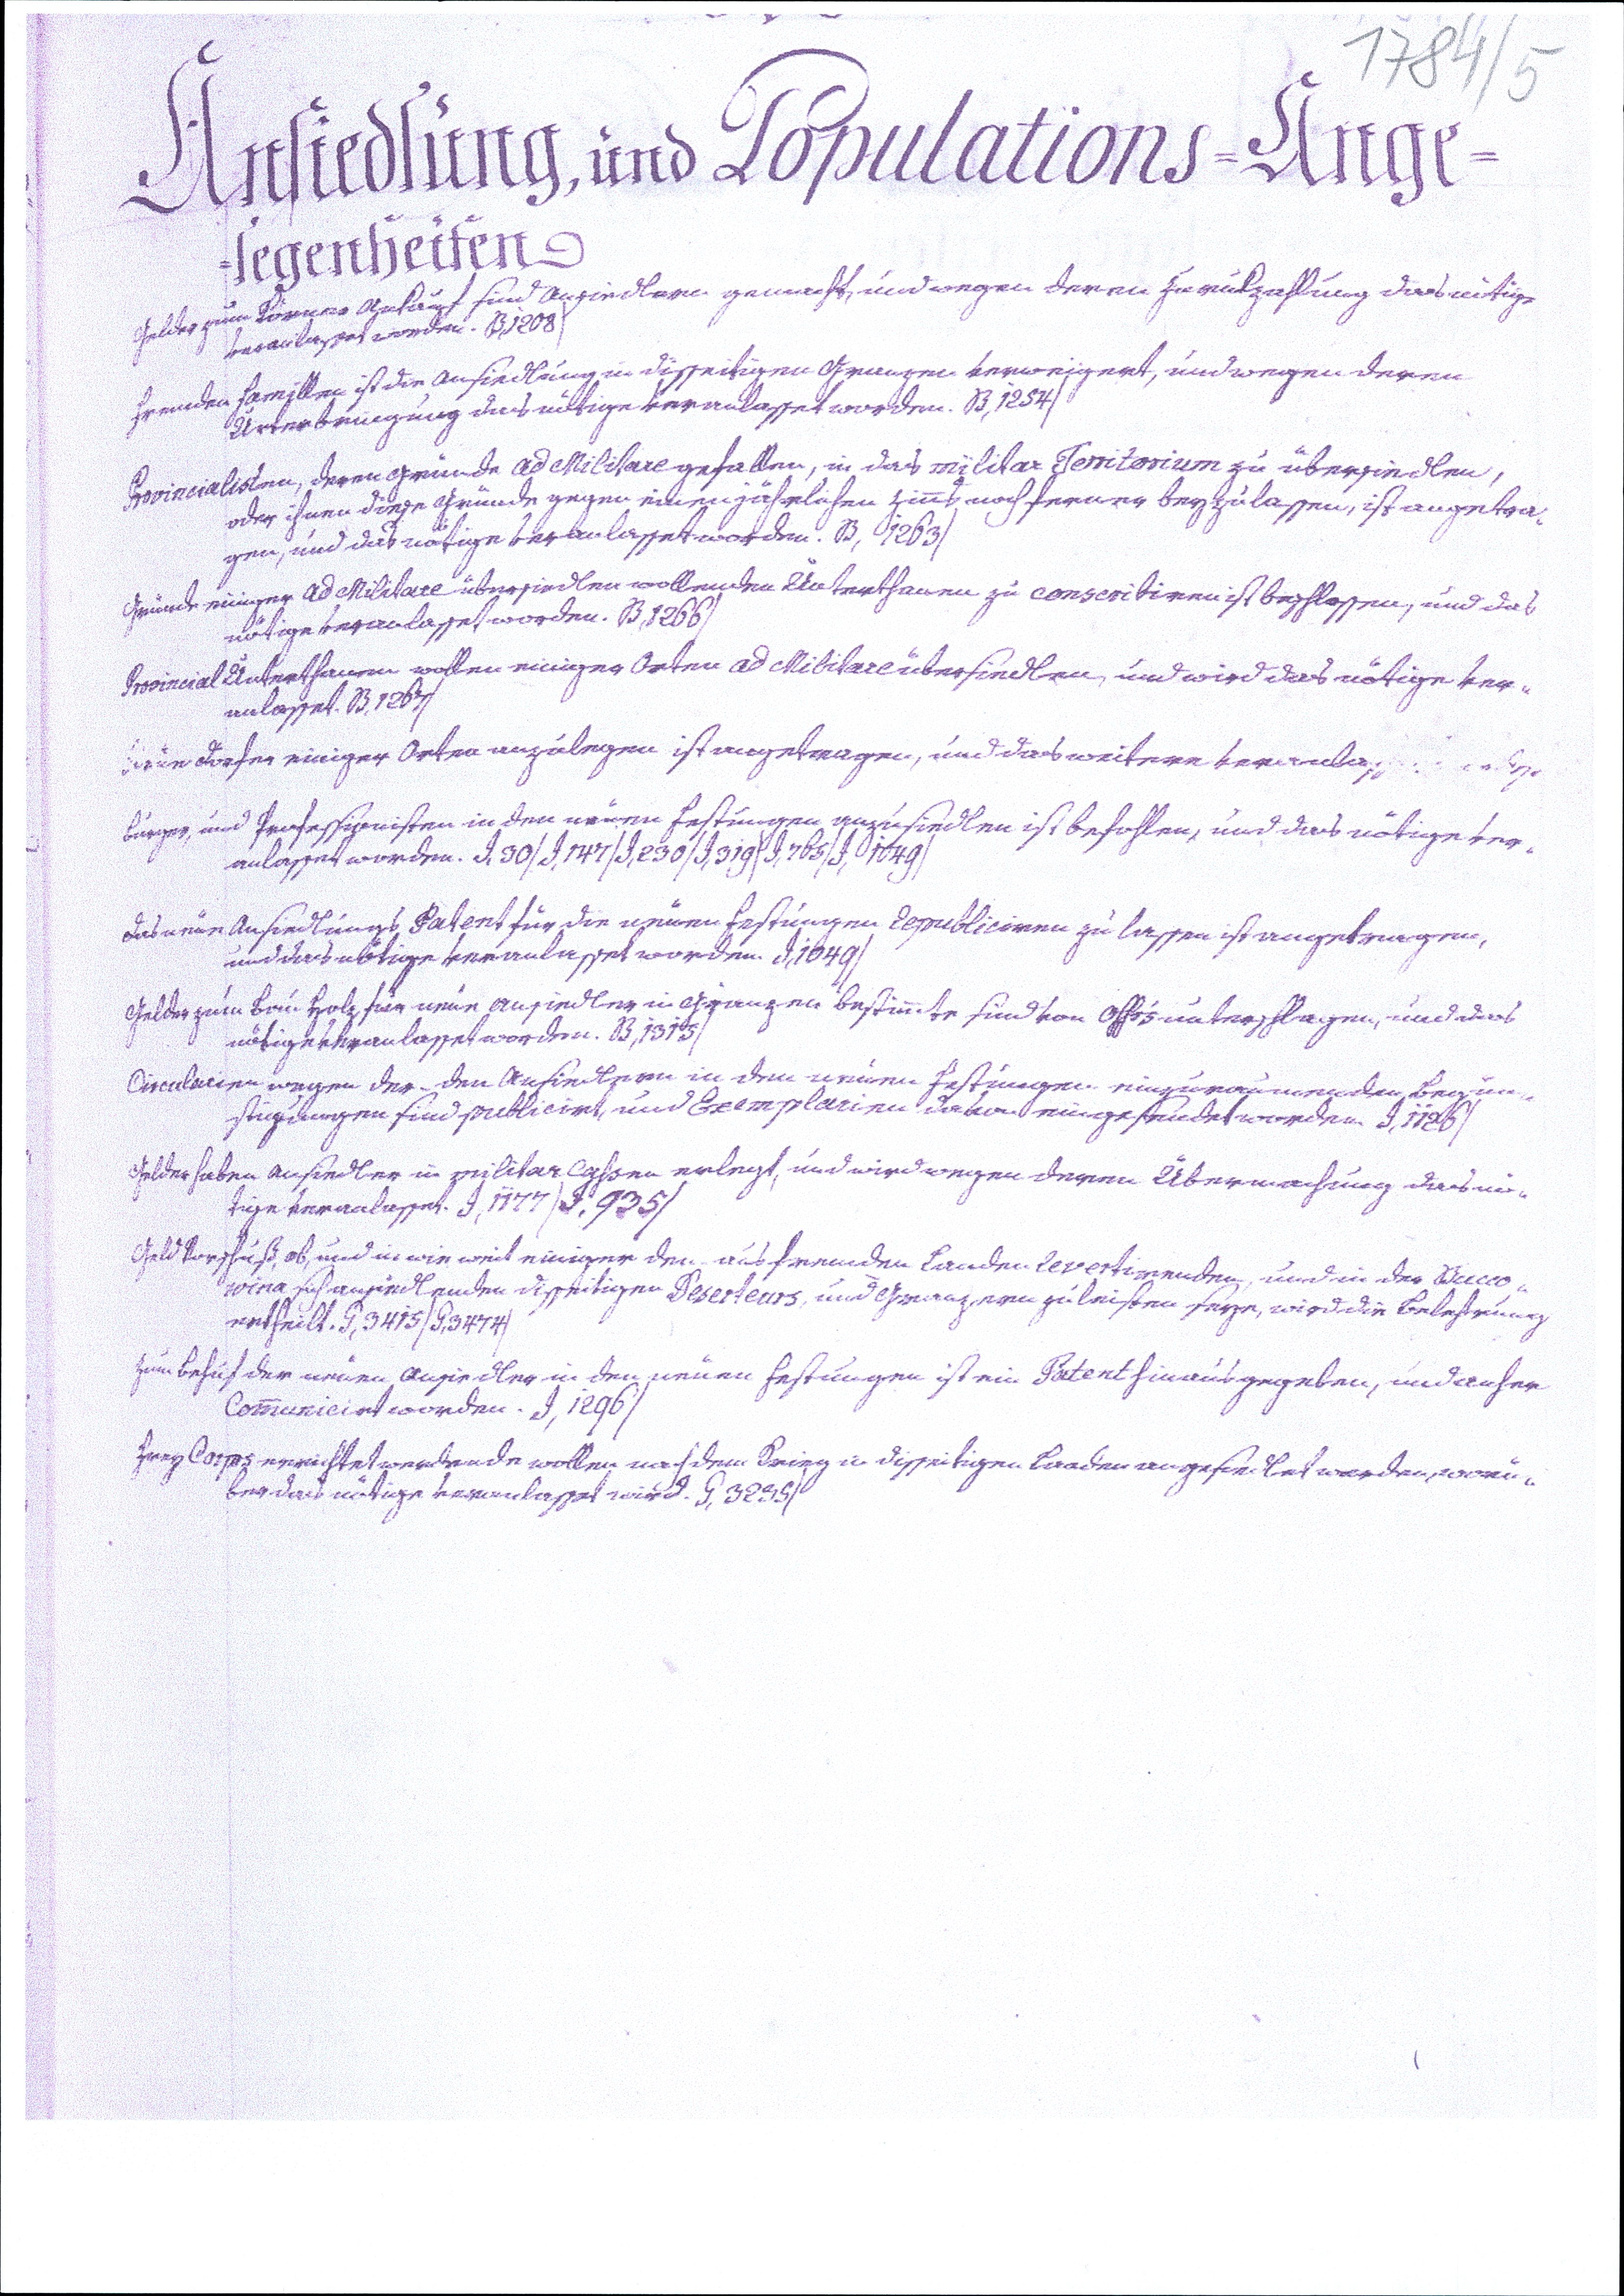
1784/5
Ansiedlung, und Populations=Ange¬
legenheiten
Gelder zum Körner Ankauf sind Ansiedlern gemacht, und wegen deren Zurukzahlung das nötige
veranlasset worden. B,1208/
Fremden Famillen ist die Ansiedlung in disseitigen Granzen verweigert, und wegen deren
Unterbringung das nötige veranlasset worden. B,1254/
Provincialisten, deren Gründe ad Militare gefallen, in das Militar Territorium zu übersiedlen,
oder ihnen diese Gründe gegen einen jährlichen Zinns noch ferner beyzulassen, ist angetra¬
gen, und das nötige veranlasset worden. B,1263/
Gründe einiger ad Militare übersiedlen wollenden Unterthanen zu conscribiren ist beschlossen, und das
nötige veranlasset worden. B,1266/
Provincial Unterthanen wollen einiger Orten ad Militare übersiedlen, und wird das nötige ver¬
anlasset. B,1267/
Neue Dörfer einiger Orten anzulegen ist angetragen, und das weitere veranlasset worden.
Burger, und Professionisten in den neuen Festungen anzusiedlen ist befohlen, und das nötige ver¬
anlasset worden. I,30/I,147/I,230/I,319/I,765/I,1049/
Das neue Ansiedlungs Patent für die neuen Festungen Republiciren zu lassen ist angetragen,
und das nötige veranlasset worden. I,1649/
Gelder zum Bau Holz für neue Ansiedler in Gränzen bestimmte sind von Offc's unterschlagen, und das
nötige veranlasset worden. B,1315/
Circularien wegen der den Ansiedlern in den neuen Festungen einzuräumenden Begün¬
stigungen sind publicirt, und Exemplarien davon eingesendet worden. I,1126/
Gelder haben Ansiedler in militar Cassen erlegt, und wird wegen deren Übermachung das nö¬
tige veranlasset. I,1177/I,935/
Geld Vorschuß, ob, und in wie weit einiger den aus fremden Landen revertirenden, und in der Bucco¬
wina sich ansiedlenden disseitigen Deserteurs, und Gränzern zu leisten seye, wird die Belehrung
ertheilt. G,3415/G,3474/
Zum Behuf der neuen Ansiedler in den neuen Festungen ist ein Patent hinausgegeben, und anher
communicirt worden. I,1296/
Frey Corps errichtet werdende wollen nach dem Krieg in disseitigen Landen angesiedlet werden, worü¬
ber das nötige veranlasset wird. G,3235/